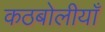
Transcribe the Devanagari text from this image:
कठबोलीयाँ